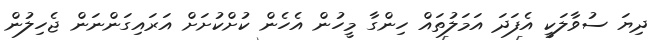
ދިޔަ ސުވާލަކީ އެފަދަ އަމަލުތައް ހިންގާ މީހުން އެހެން ކުށްކުށަށް އަރައިގަންނަން ޖެހިލުން